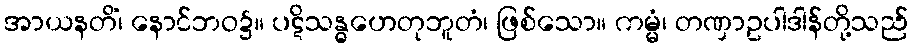
အာယနတိံ၊ နောင်ဘဝ၌။ ပဋိသန္ဓဟေတုဘူတံ၊ ဖြစ်သော။ ကမ္မံ၊ တဏှာဥပါဒါန်တို့သည်